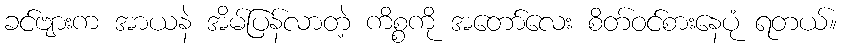
ခင်ဗျားက အာယနဲ အိမ်ပြန်လာတဲ့ ကိစ္စကို အတော်လေး စိတ်ဝင်စားနေပုံ ရတယ်။